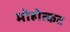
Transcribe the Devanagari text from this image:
मोहोत्कट